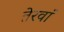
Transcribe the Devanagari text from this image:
तेरवां